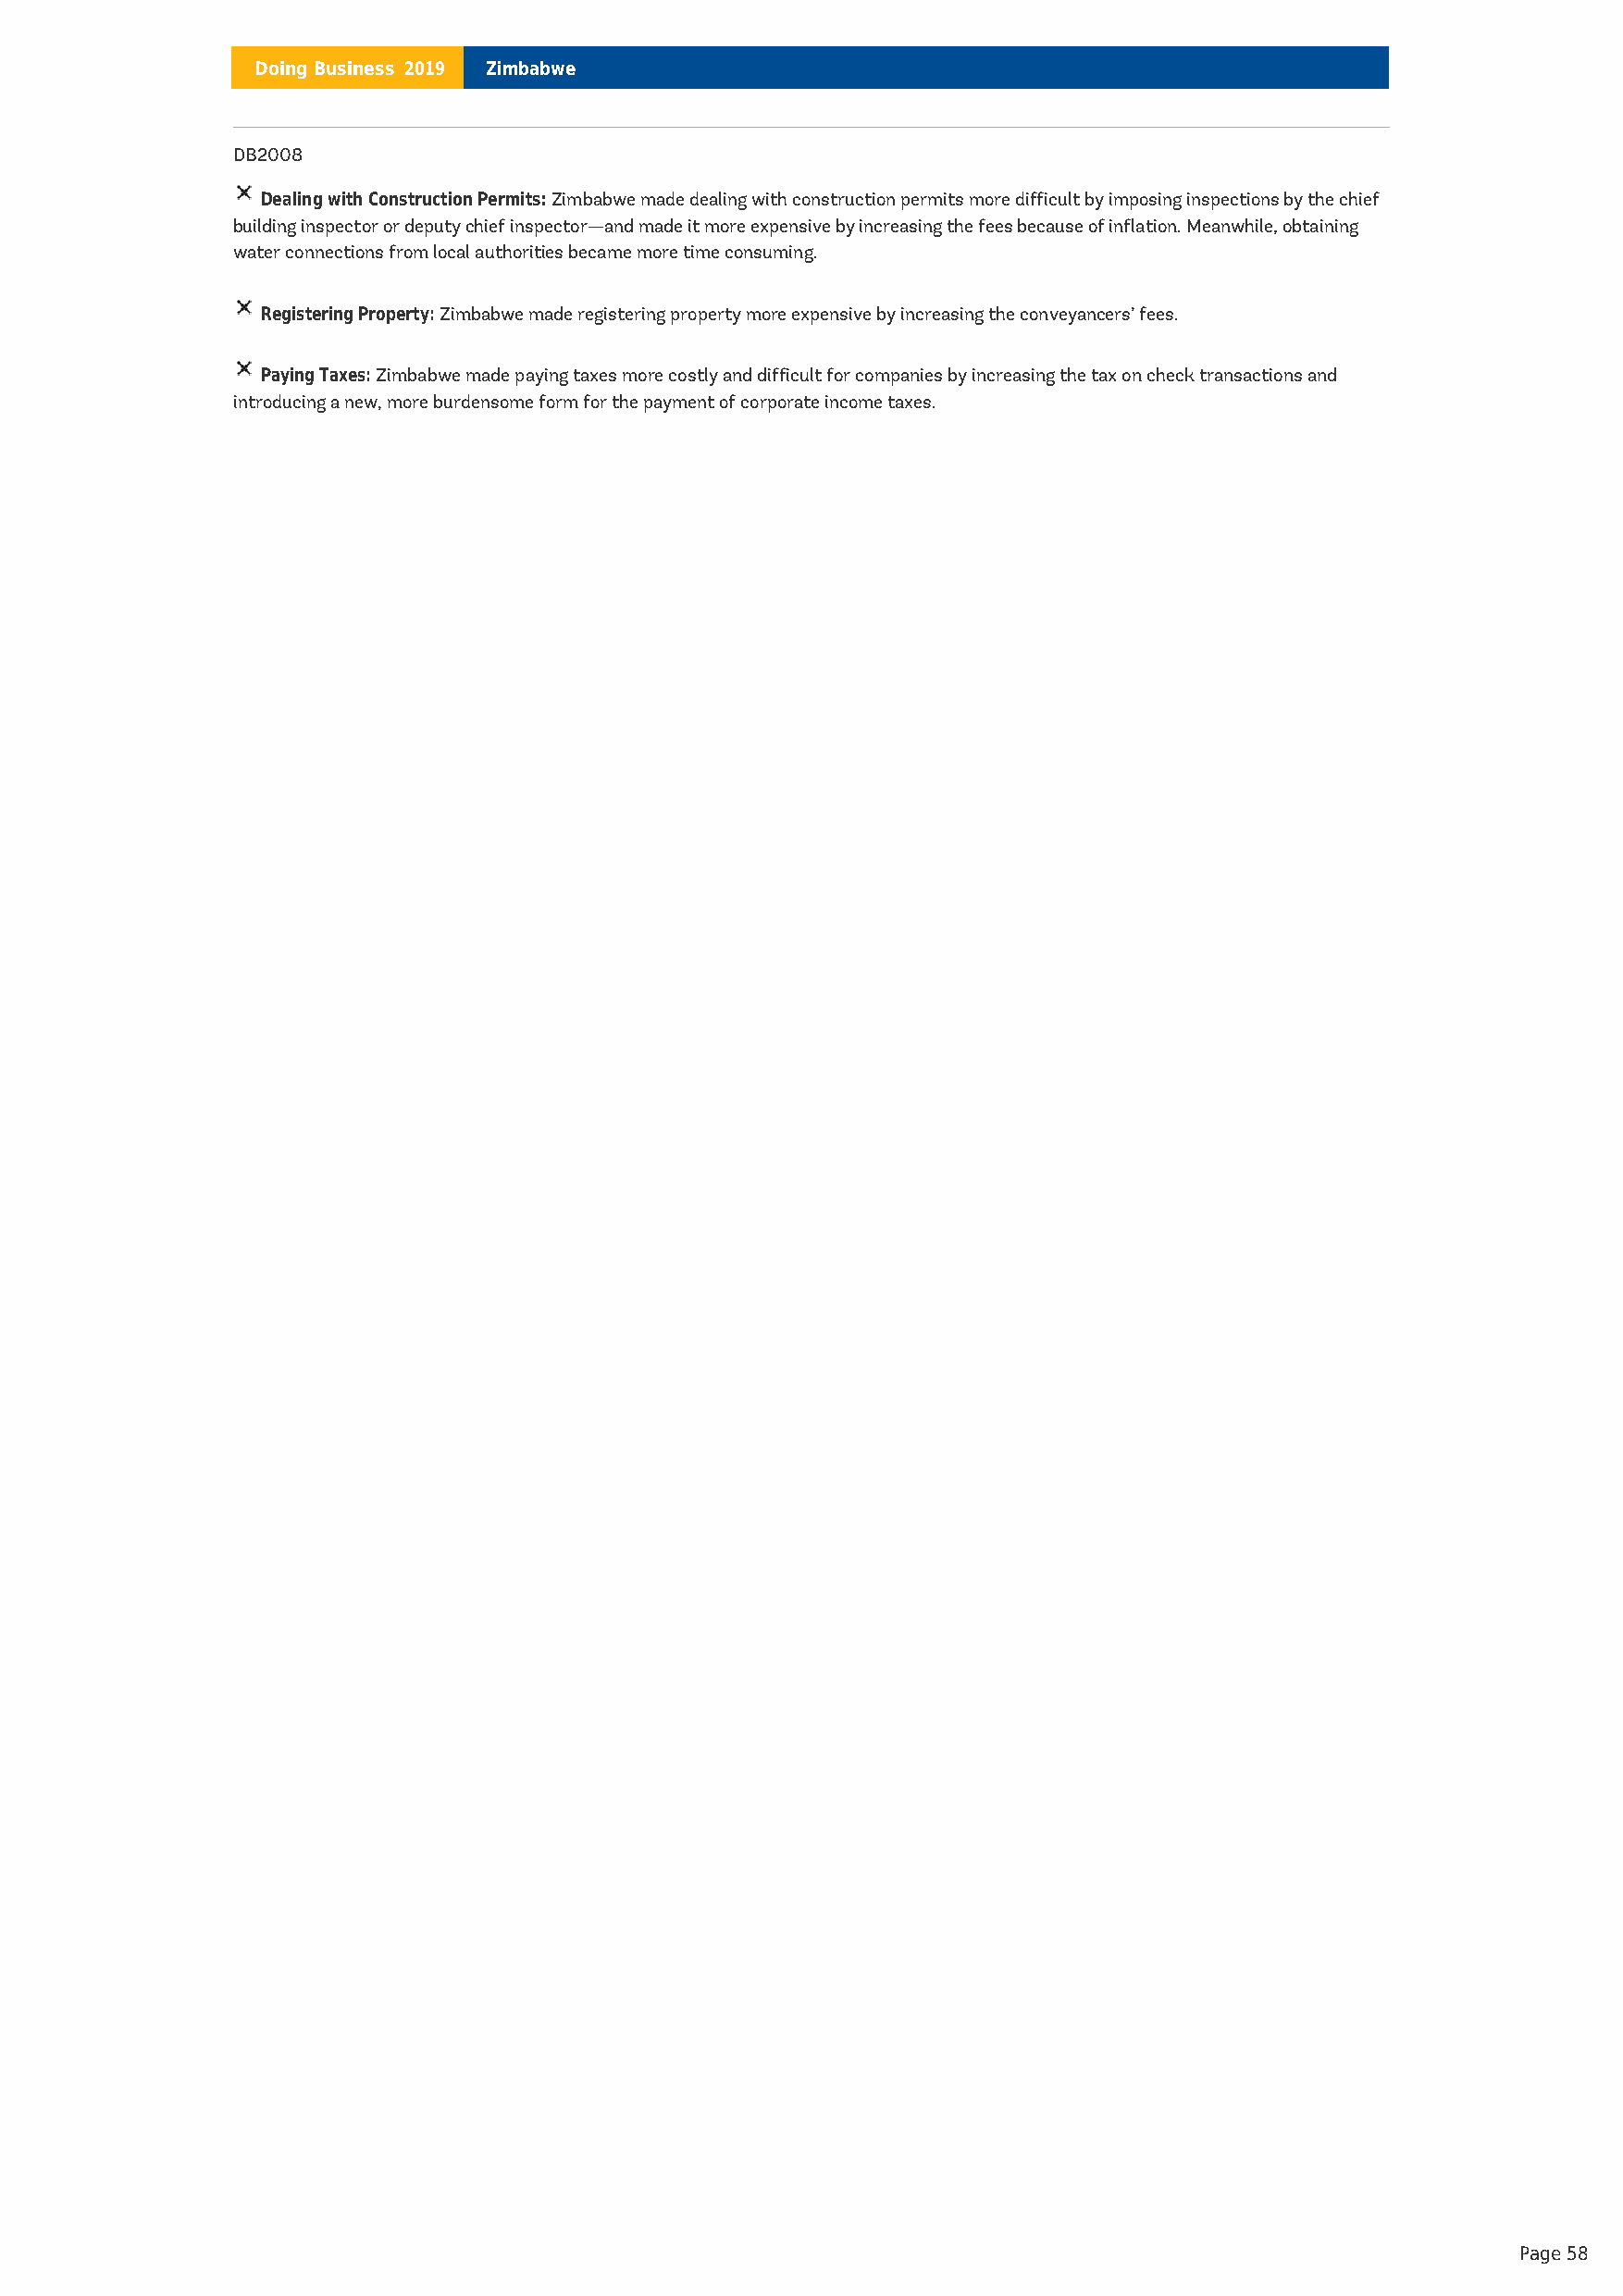
Doing Business 2019 Zimbabwe
 DB2008
 Dealing with Construction Permits:Zimbabwe made dealing with construction permits more difficult by imposing inspections by the chief
 building inspector or deputy chief inspector—and made it more expensive by increasing the fees because of inflation. Meanwhile, obtaining
 water connections from local authorities became more time consuming.
 Registering Property:Zimbabwe made registering property more expensive by increasing the conveyancers’ fees.
 Paying Taxes:Zimbabwe made paying taxes more costly and difficult for companies by increasing the tax on check transactions and
 introducing a new, more burdensome form for the payment of corporate income taxes.
 Page 58